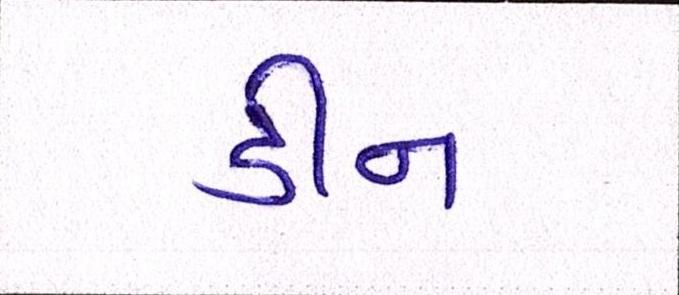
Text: ડીન